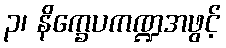
၃၊ နိက္ခေပကဏ္ဍအဖွင့်